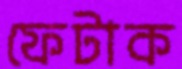
ফেটাক